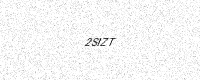
Text: 2SIZT